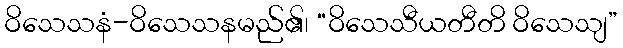
ဝိသေသနံ-ဝိသေသနမည်၏၊ “ဝိသေသီယတီတိ ဝိသေသျ”